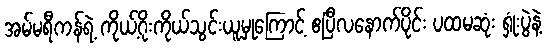
အမ်မရီကန်ရဲ့ ကိုယ့်ဂိုးကိုယ်သွင်းယူမှုကြောင့် ဧပြီလနောက်ပိုင်း ပထမဆုံး ရှုံးပွဲနဲ့